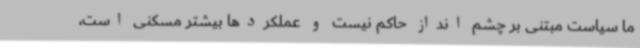
ما سیاست مبتنی بر چشم انداز حاکم نیست و عملکردها بیشتر مسکنی است،